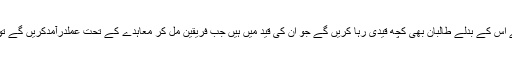
لہٰذا قیدیوں کی رہائی کاسلسلہ شروع ہونابہت مثبت اقدام ہے اس کے بدلے طالبان بھی کچھ قیدی رہا کریں گے جو ان کی قید میں ہیں جب فریقین مل کر معاہدے کے تحت عملدرآمدکریں گے توپھرحالا ت خودبخودبہتری کی جانب گامزن ہوجائیں گے ۔